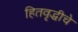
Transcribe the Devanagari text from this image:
हितवृद्धीचे